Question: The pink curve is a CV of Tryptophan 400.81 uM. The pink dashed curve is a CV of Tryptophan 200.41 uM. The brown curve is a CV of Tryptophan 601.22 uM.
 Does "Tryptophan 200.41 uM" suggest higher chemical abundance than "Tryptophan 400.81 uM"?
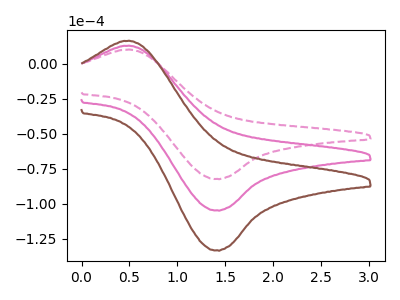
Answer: <think>The pink curve "Tryptophan 400.81 uM" has an anodic peak at (0.50V, 12.80uA) and a cathodic peak at (1.40V, -104.75uA). The pink dashed curve "Tryptophan 200.41 uM" has an anodic peak at (0.50V, 10.05uA) and a cathodic peak at (1.40V, -82.30uA). The brown curve "Tryptophan 601.22 uM" has an anodic peak at (0.50V, 25.65uA) and a cathodic peak at (1.40V, -209.50uA).
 All the peaks in "Tryptophan 200.41 uM" have a peak in "Tryptophan 400.81 uM" at the same potential. Every peak in "Tryptophan 200.41 uM" is lower than every peak in "Tryptophan 400.81 uM".</think>
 <answer>"Tryptophan 200.41 uM" has less signal than "Tryptophan 400.81 uM".</answer>
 <eval>less_signal</eval>